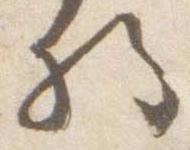
将